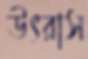
উৎরাস